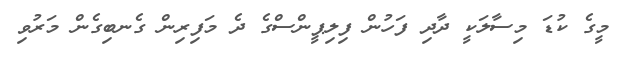
މީގެ ކުޑަ މިސާލަކީ ދާދި ފަހުން ފިލިޕީންސްގެ ދެ މަފިރިން ގެނބިގެން މަރުވި